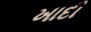
ખાદી